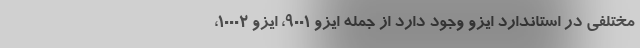
مختلفی در استاندارد ایزو وجود دارد از جمله ایزو ۹۰۰۱، ایزو ۱۰۰۰۲،